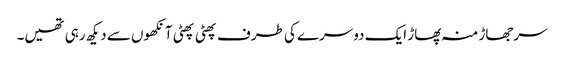
سرجھاڑ منہ پھاڑ ایک دوسرے کی طرف پھٹی پھٹی آنکھوں سے دیکھ رہی تھیں۔